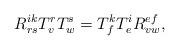
LaTeX: \begin{align*}R_{rs}^{ik}T_{v}^{r}T_{w}^{s}=T_{f}^{k}T_{e}^{i}R_{vw}^{ef},\end{align*}